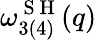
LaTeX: \omega_{3(4)}^{\mathrm{~S~H~}}(q)